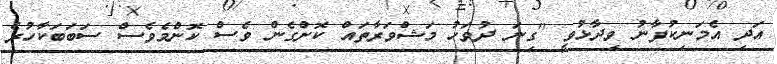
އަދި އެމަނިކުފާނު ވިދާޅުވީ "ގިނަ ދުވަހު މަޝްވަރާތައް ކޮށްގެން ވެސް ކޮންމެވެސް ސަބަބަކާހުރެ